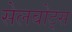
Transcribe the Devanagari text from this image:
सेलबोट्स